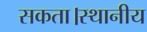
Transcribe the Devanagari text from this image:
सकता।स्थानीय